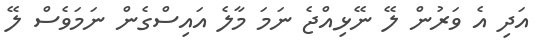
އަދި އެ ވަރުން ލޭ ނޭޅިއްޖެ ނަމަ މާލެ އައިސްގެން ނަމަވެސް ލޭ